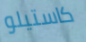
كاستيلو